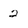
Character: 2